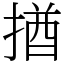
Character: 揂